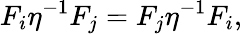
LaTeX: F_{i}\eta^{-1}F_{j}=F_{j}\eta^{-1}F_{i},